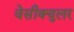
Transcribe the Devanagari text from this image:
वेसीक्युलर